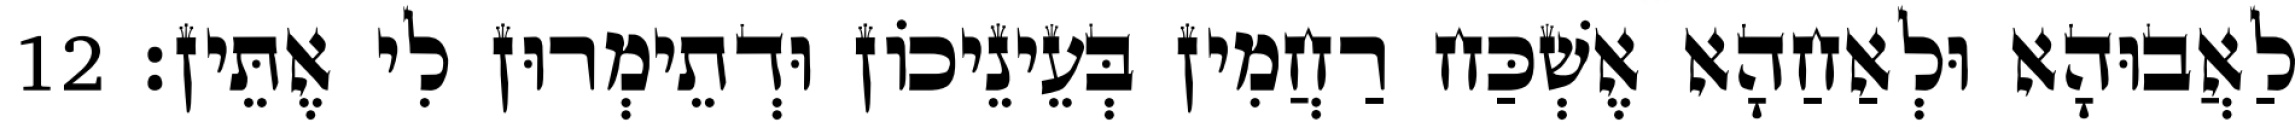
לַאֲבוּהָא וּלְאַחַהָא אֶשְׁכַּח רַחֲמִין בְּעֵינֵיכוֹן וּדְתֵימְרוּן לִי אֶתֵּין׃ 12